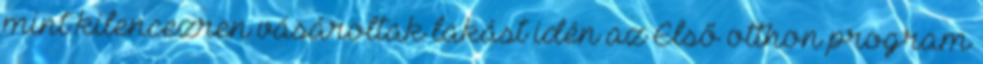
mint kilencezren vásároltak lakást idén az Első otthon program